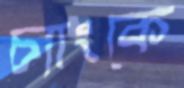
চ্যাংকে